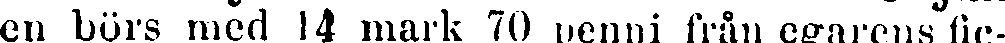
en börs med 14 mark 70 penni från egarens fic-